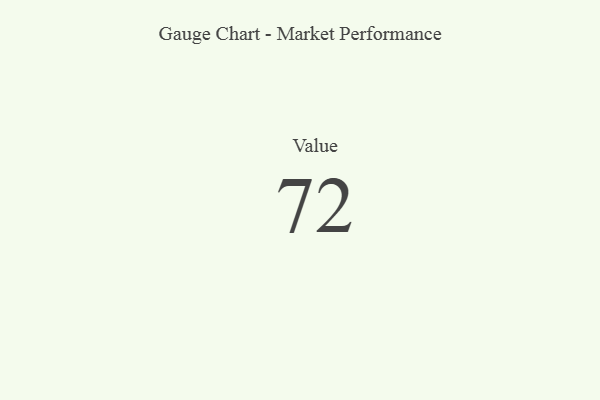
{"axis": {"x": "Metric", "y": "Value"}, "legend": [""], "data": [{"x": "Value", "y": 72, "type": ""}]}